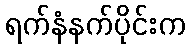
ရက်နံနက်ပိုင်းက